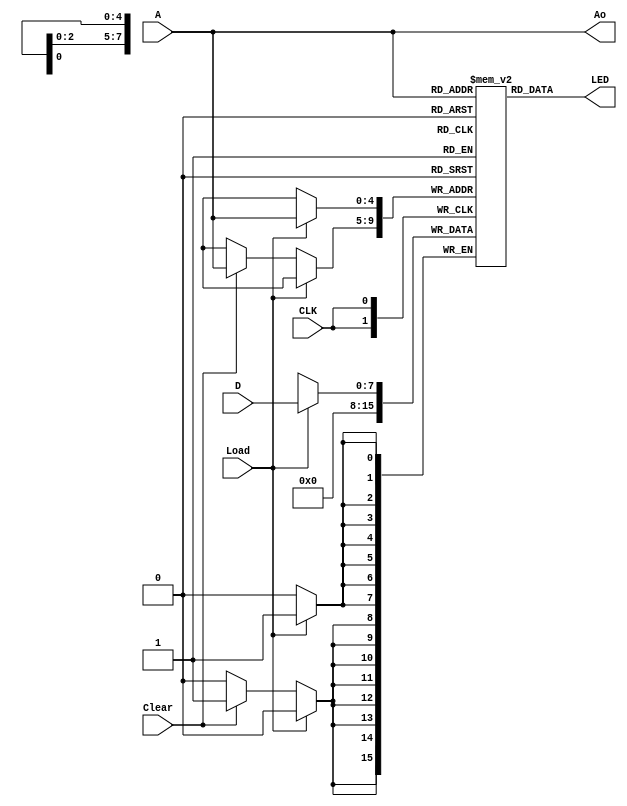
`timescale 1ns / 1ps

// A is slide switch 15,14,13,12,11,  LED 7:0 are the outputs
// Outputs are always displayed for the current address in A using LED's 7:0  D is slide switch 7:0


module ROM(

    output [7:0] LED,

    output [4:0] Ao,

    input [7:0] D,

    input [4:0] A,

    input Clear,

    input Load,
    
    input CLK

    );

    
    reg [7:0] Store [0:31];


    
    initial
        begin             // Could use a for loop to reduce lines.

    Store[0]<=8'b00000000;

    Store[1]<=8'b00000000;

    Store[2]<=8'b00000000;

    Store[3]<=8'b00000000;

    Store[4]<=8'b00000000;

    Store[5]<=8'b00000000;

    Store[6]<=8'b00000000;

    Store[7]<=8'b00000000;

    Store[8]<=8'b00000000;

    Store[9]<=8'b00000000;

    Store[10]<=8'b00000000;

    Store[11]<=8'b00000000;

    Store[12]<=8'b00000000;

    Store[13]<=8'b00000000;

    Store[14]<=8'b00000000;

    Store[15]<=8'b00000000;

    Store[16]<=8'b00000000;

    Store[17]<=8'b00000000;

    Store[18]<=8'b00000000;

    Store[19]<=8'b00000000;

    Store[20]<=8'b00000000;

    Store[21]<=8'b00000000;

    Store[22]<=8'b00000000;

    Store[23]<=8'b00000000;

    Store[24]<=8'b00000000;

    Store[25]<=8'b00000000;

    Store[26]<=8'b00000000;

    Store[27]<=8'b00000000;

    Store[28]<=8'b00000000;

    Store[29]<=8'b00000000;

    Store[30]<=8'b00000000;

    Store[31]<=8'b00000000;
    
    end
 


//load & clear at addressed location
always @(posedge CLK)
    begin
        if(Load)
        begin
            Store[A]=D;
        end
        else if (Clear)
        begin
            Store[A] = 8'b00000000;
        end
    end
  assign Ao = A;
  assign LED[7:0]=Store[A];
    
endmodule